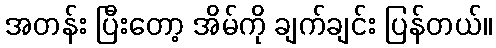
အတန်း ပြီးတော့ အိမ်ကို ချက်ချင်း ပြန်တယ်။